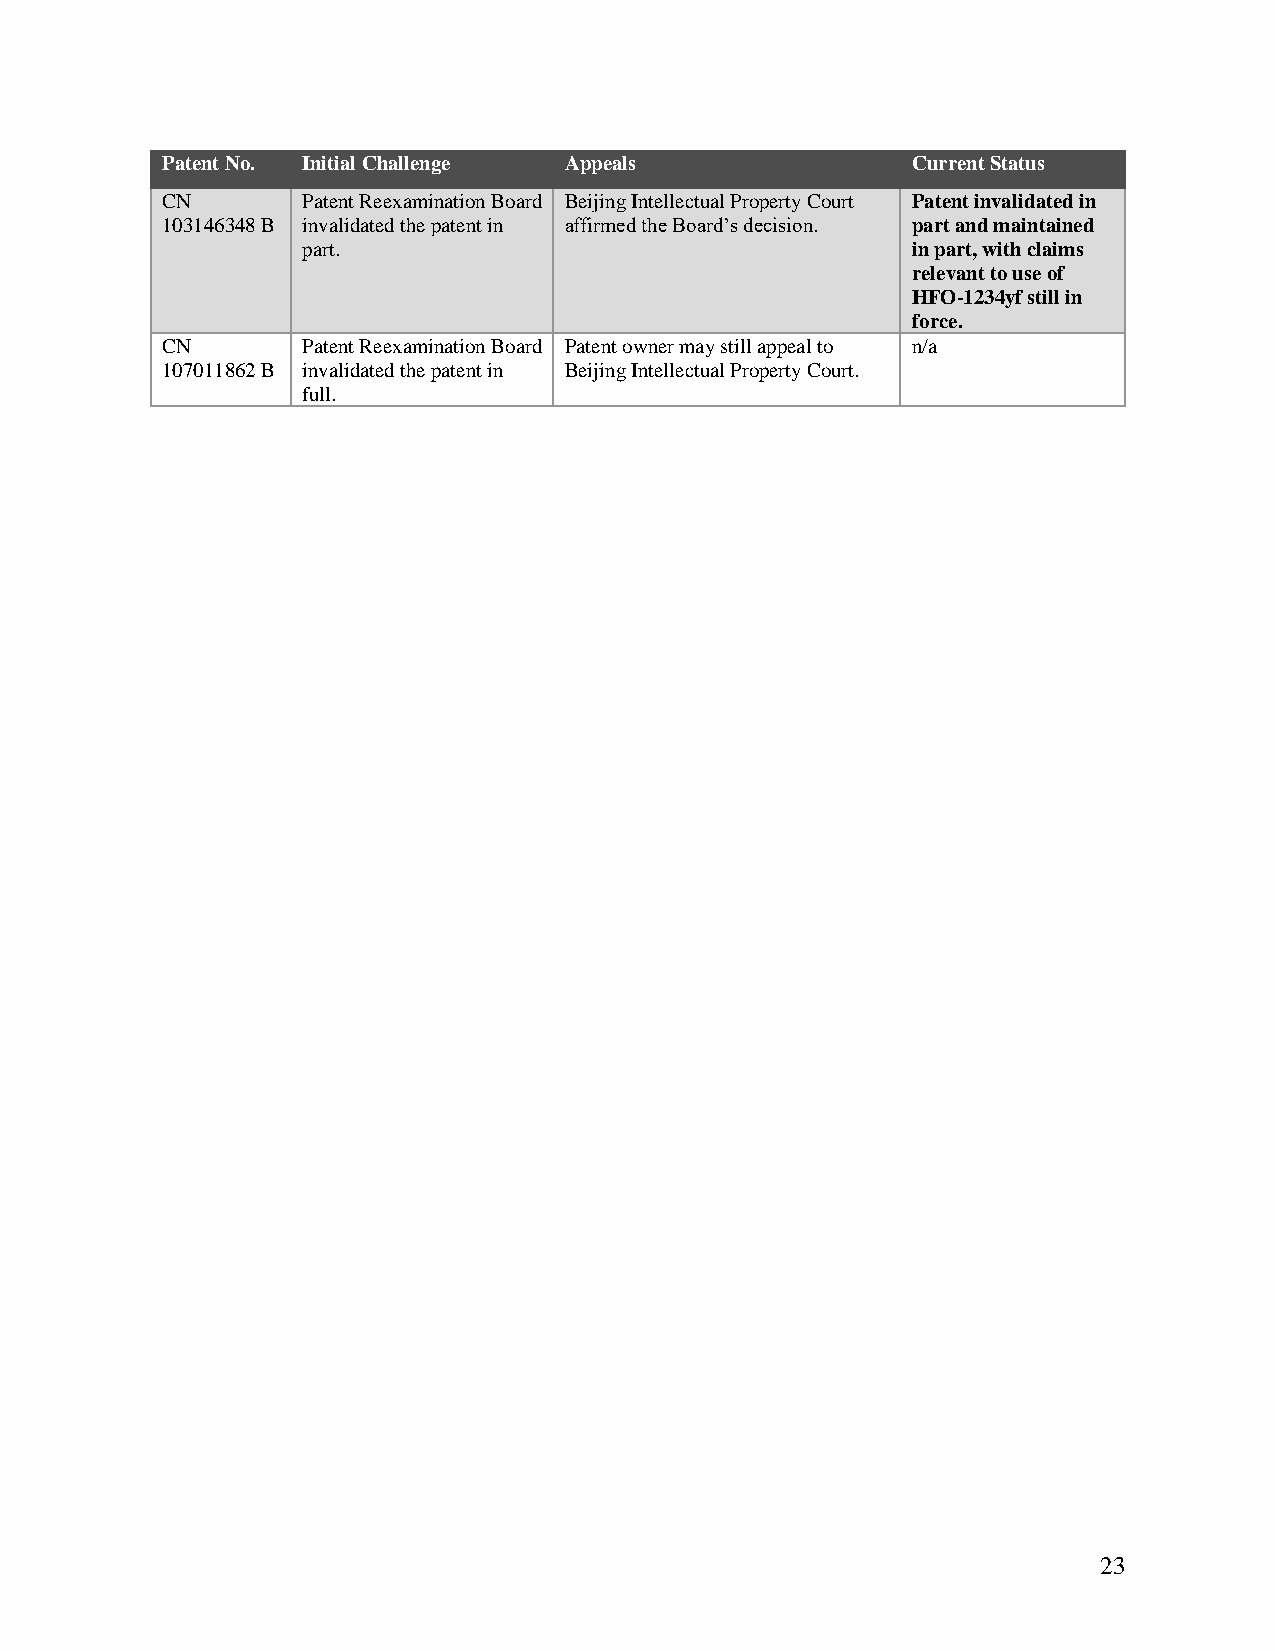
Patent No. Initial Challenge Appeals             Current Status
 CN       Patent Reexamination Board Beijing Intellectual Property Court Patent invalidated in
 103146348 B invalidated the patent in affirmed the Board’s decision. part and maintained
 part.                                   in part, with claims
 relevant to use of
 HFO-1234yf still in
 force.
 CN       Patent Reexamination Board Patent owner may still appeal to n/a
 107011862 B invalidated the patent in Beijing Intellectual Property Court.
 full.
 23